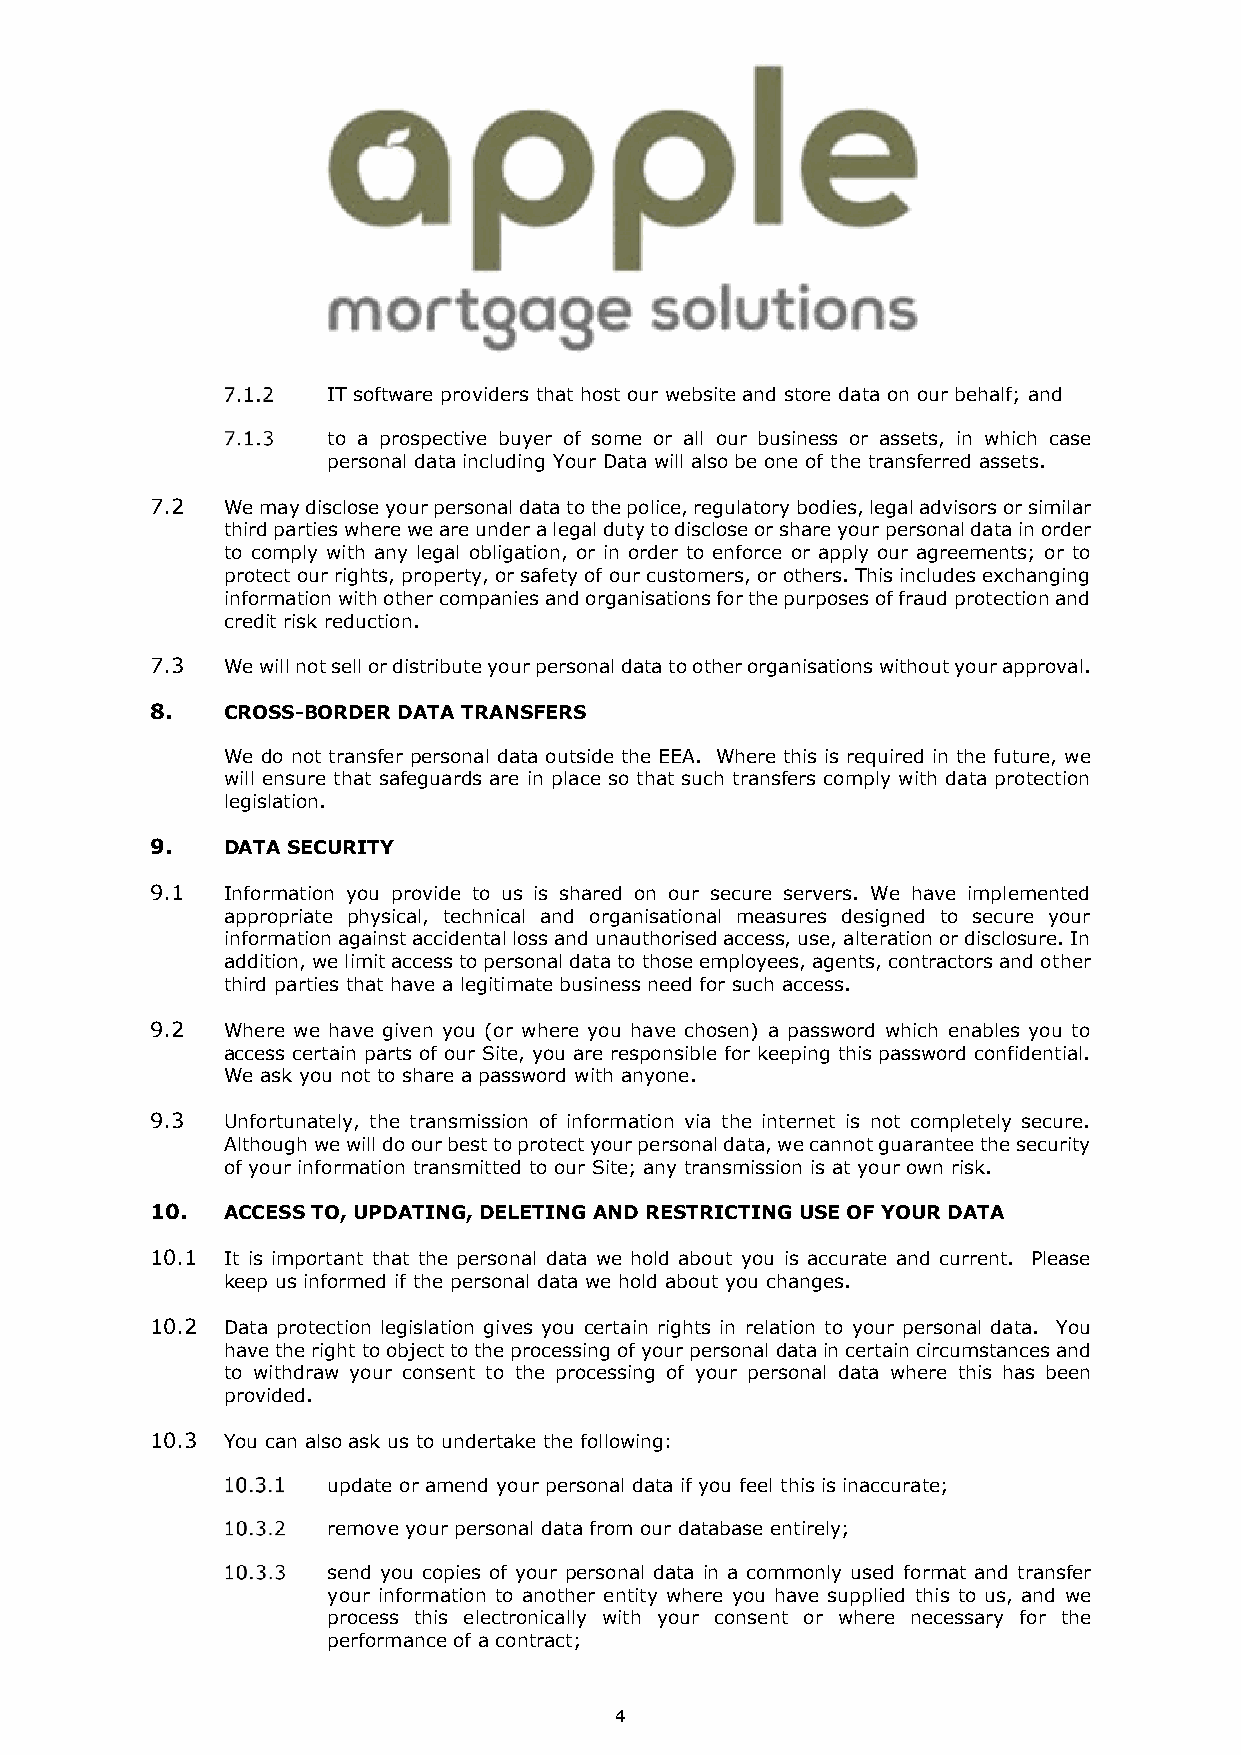
IT software providers that host our website and store data on our behalf; and
 to a prospective buyer of some or all our business or assets, in which case
 personal data including Your Data will also be one of the transferred assets.
 7.2  We may disclose your personal data to the police, regulatory bodies, legal advisors or similar
 third parties where we are under a legal duty to disclose or share your personal data in order
 to comply with any legal obligation, or in order to enforce or apply our agreements; or to
 protect our rights, property, or safety of our customers, or others. This includes exchanging
 information with other companies and organisations for the purposes of fraud protection and
 credit risk reduction.
 7.3  We will not sell or distribute your personal data to other organisations without your approval.
 8.   CROSS-BORDER DATA TRANSFERS
 We do not transfer personal data outside the EEA. Where this is required in the future, we
 will ensure that safeguards are in place so that such transfers comply with data protection
 legislation.
 9.   DATA SECURITY
 9.1  Information you provide to us is shared on our secure servers. We have implemented
 appropriate physical, technical and organisational measures designed to secure your
 information against accidental loss and unauthorised access, use, alteration or disclosure. In
 addition, we limit access to personal data to those employees, agents, contractors and other
 third parties that have a legitimate business need for such access.
 9.2  Where we have given you (or where you have chosen) a password which enables you to
 access certain parts of our Site, you are responsible for keeping this password confidential.
 We ask you not to share a password with anyone.
 9.3  Unfortunately, the transmission of information via the internet is not completely secure.
 Although we will do our best to protect your personal data, we cannot guarantee the security
 of your information transmitted to our Site; any transmission is at your own risk.
 10.  ACCESS TO, UPDATING, DELETING AND RESTRICTING USE OF YOUR DATA
 10.1 It is important that the personal data we hold about you is accurate and current. Please
 keep us informed if the personal data we hold about you changes.
 10.2 Data protection legislation gives you certain rights in relation to your personal data. You
 have the right to object to the processing of your personal data in certain circumstances and
 to withdraw your consent to the processing of your personal data where this has been
 provided.
 10.3 You can also ask us to undertake the following:
 update or amend your personal data if you feel this is inaccurate;
 remove your personal data from our database entirely;
 send you copies of your personal data in a commonly used format and transfer
 your information to another entity where you have supplied this to us, and we
 process this electronically with your consent or where necessary for the
 performance of a contract;
 4